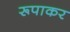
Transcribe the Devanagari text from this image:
रूपाकर